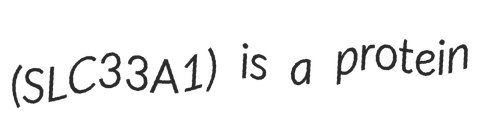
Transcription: (SLC33A1) is a protein